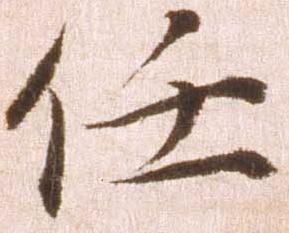
任